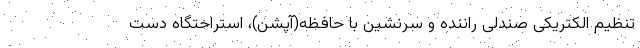
تنظیم الکتریکی صندلی راننده و سرنشین با حافظه(آپشن)، استراحتگاه دست